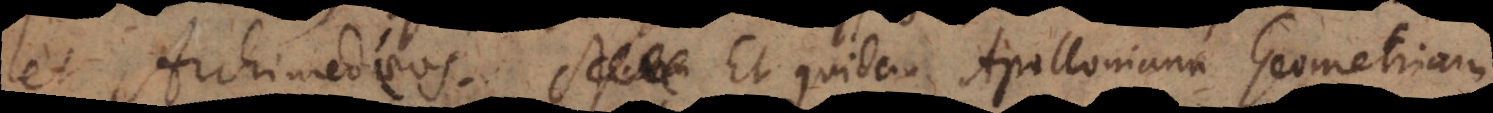
et Archimedeos. Et quidem Apolloniana Geometriam